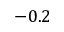
- 0 . 2